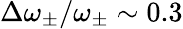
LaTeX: \Delta\omega_{\pm}/\omega_{\pm}\sim 0.3